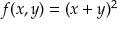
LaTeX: f ( x , y ) = ( x + y ) ^ { 2 }